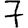
Digit: 7